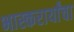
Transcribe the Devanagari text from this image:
भास्करार्यांचा